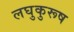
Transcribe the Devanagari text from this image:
लघुकुरूष